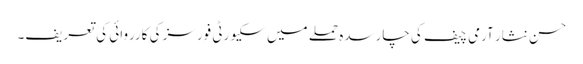
حسن نثار آرمی چیف کی چارسدہ حملے میں سکیورٹی فورسز کی کارروائی کی تعریف۔